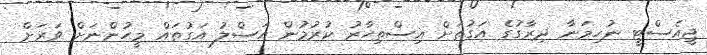
ޖީއެސްޓީ ނުހިމަނާ ދިރާގުގެ އަގުތަށް އިސްތިހާރު ކުރުމުން އަސްލު އަގުތައް މީހުންނަށް ވަރަށް